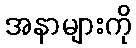
အနာများကို